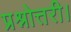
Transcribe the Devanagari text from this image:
प्रश्नोत्तरी।